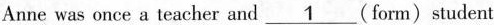
Anne was once a teacher and \underline{1}(form)student